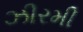
ઝીરમી